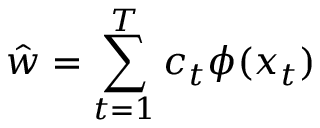
\hat { w } = \sum _ { t = 1 } ^ { T } c _ { t } \phi ( x _ { t } )